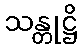
သန္တုဋ္ဌိ